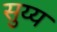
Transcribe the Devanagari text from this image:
सुय्य